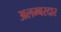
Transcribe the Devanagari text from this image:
अलम्बरदार